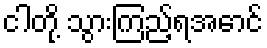
ငါတို့ သွားကြည့်ရအောင်